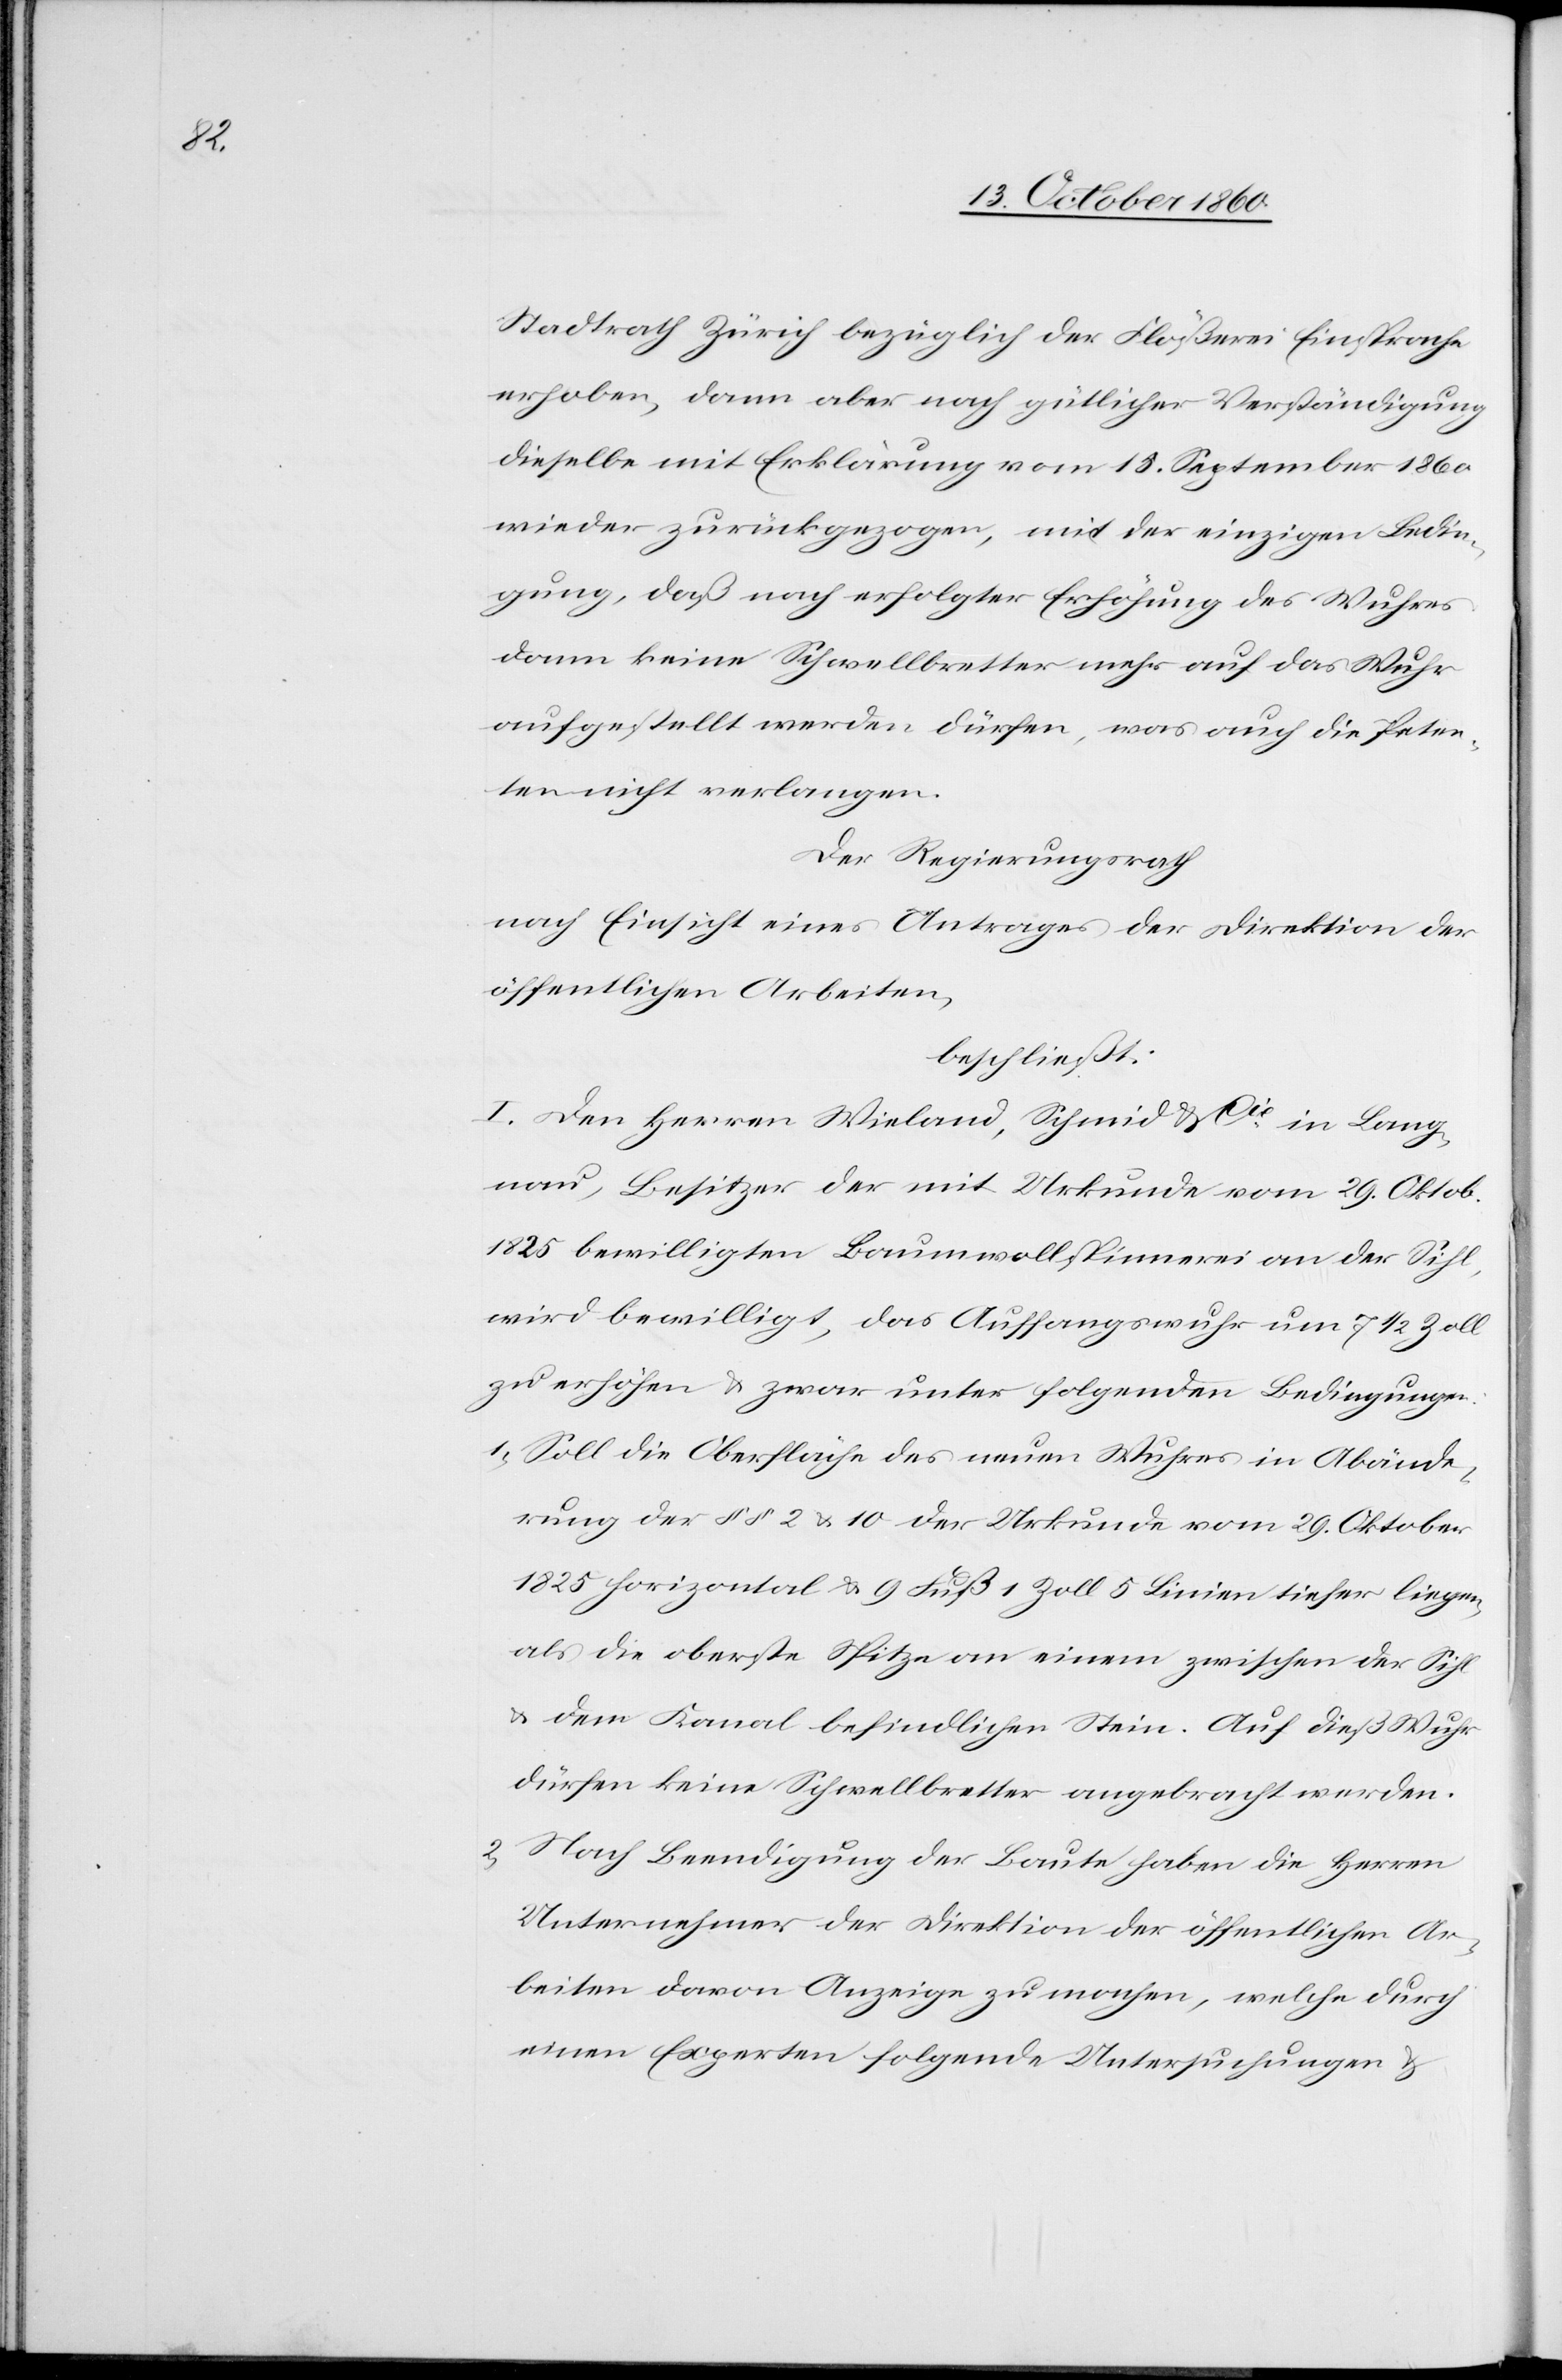
Stadtrath Zürich bezüglich der Flößerei Einsprache
erhoben, dann aber nach gütlicher Verständigung
dieselbe mit Erklärung vom 18. September 1860
wieder zurückgezogen, mit der einzigen Bedin¬
gung, daß nach erfolgter Erhöhung des Wuhres
dann keine Schwellbretter mehr auf das Wuhr
aufgestellt werden dürfen, was auch die Peten¬
ten nicht verlangen.
Der Regierungsrath
nach Einsicht eines Antrages der Direktion der
öffentlichen Arbeiten,
beschließt:
I. Den Herren Wieland, Schmid & Cie in Lang¬
nau, Besitzer der mit Urkunde vom 29. Oktob.
1825 bewilligten Baumwollspinnerei an der Sihl,
wird bewilligt, das Auffangswuhr um 7 1/2 Zoll
zu erhöhen u. zwar unter folgenden Bedingungen:
1) Soll die Oberfläche des neuen Wuhres in Abände¬
rung der §§ 2 u. 10 der Urkunde vom 29. Oktober
1825 horizontal u. 9 Fuß 1 Zoll 5 Linien tiefer liegen,
als die oberste Spitze an einem zwischen der Sihl
u. dem Kanal befindlichen Stein. Auf dieß Wuhr
dürfen keine Schwellbretter angebracht werden.
Nach Beendigung der Baute haben die Herren
Unternehmer der Direktion der öffentlichen Ar¬
beiten davon Anzeige zu machen, welche durch
einen Experten folgende Untersuchungen u.